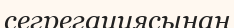
сегрегациясынан